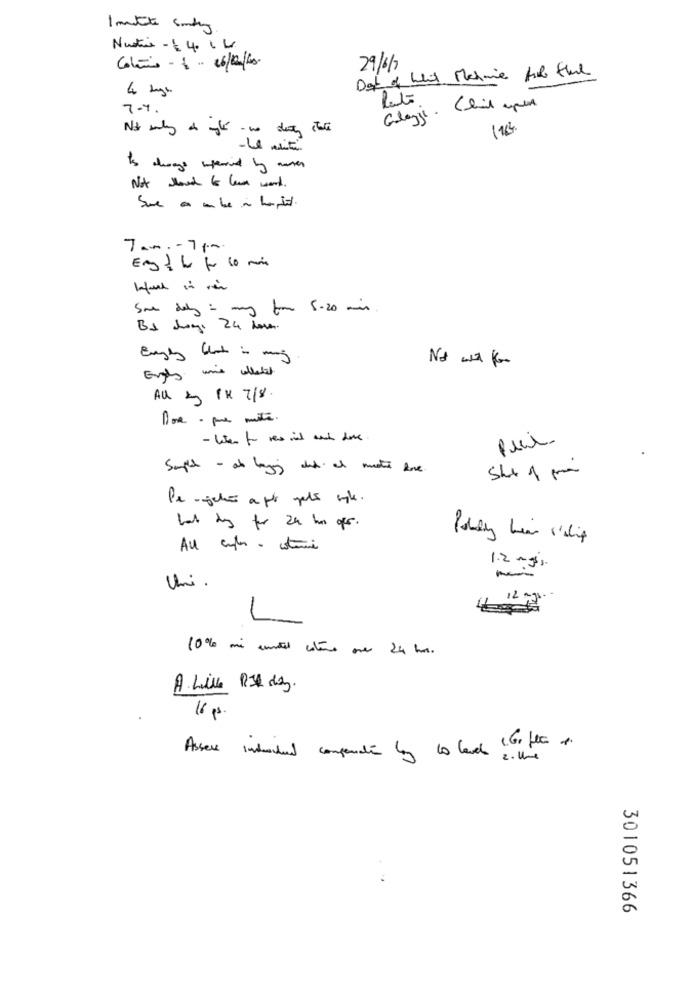
29/6/7
Det of What Machine for Slund
7.7.
Is always inpered by maken
Not allowed to leve word .
Tam .- 7p.m.
Estl fo 10 min
Sme delty : my form 5-20 min
B1 Juni 24 hour.
Not wat for
All &g 1x 7/8.
Doce - que mite.
hat days for zu ho oper.
All ento - sterne
1.2 mgis.
Uni.
10% -------
16 ps.
Assers inducted compenden by to lande Go lec
301051366